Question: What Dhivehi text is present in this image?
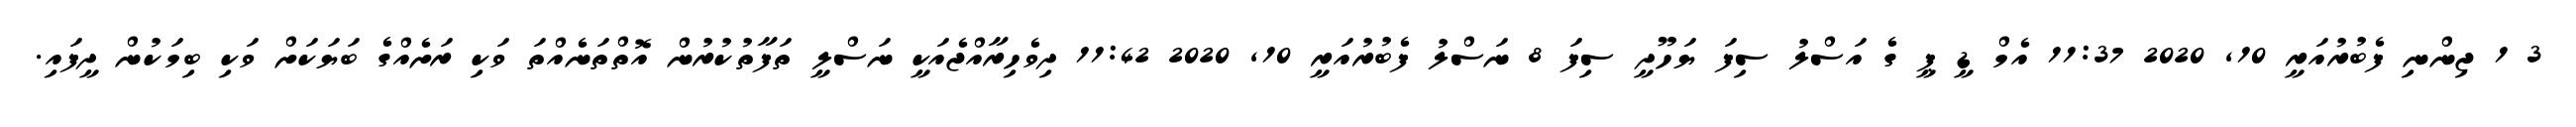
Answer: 3 1 ޖިންނި ފެބުރުއަރީ 10, 2020 11:37 އެމް ޑީ ޕީ ގެ އަސްލު ސިފަ ޔަހޫދީ ސިފަ 8 ނަސްލު ފެބުރުއަރީ 10, 2020 11:42 ދިވެހިރާއްޖެއަކީ ނަސްލީ ތަފާތުކުރުން އޮތްތަނެއްތަ ވަކި ރަށެއްގެ ބަޔަކަށް ވަކި ބިމަކުން ދީފައި.